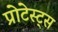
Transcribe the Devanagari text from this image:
प्रोटेस्ट्स